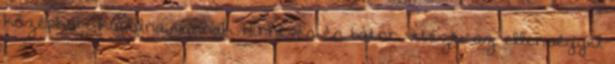
középkori kápolna vannak. Hírneves és bátor vitézei az ellenséggel